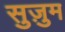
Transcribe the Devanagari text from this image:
सुज़ुम